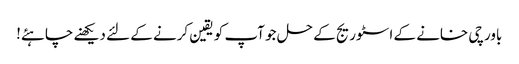
باورچی خانے کے اسٹوریج کے حل جو آپ کو یقین کرنے کے لئے دیکھنے چاہئے!